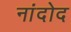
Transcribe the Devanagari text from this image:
नांदोद